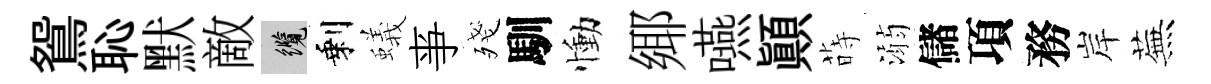
鴛恥默敵纜剩蟻亊殘馴慟鄊嚥顚蒔溺儲項務岸蕪